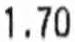
1.70